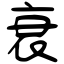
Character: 衰